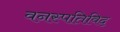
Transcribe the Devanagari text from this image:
वनस्पतिविद्